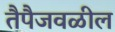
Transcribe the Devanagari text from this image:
तैपैजवळील